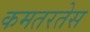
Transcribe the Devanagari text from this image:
कमतरतेस